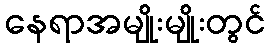
နေရာအမျိုးမျိုးတွင်